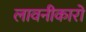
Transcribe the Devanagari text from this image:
लावनीकारों